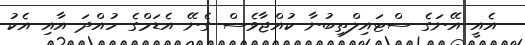
އެއީ އޭނަގެ ސްޓައިލްތިބުނާ ކުއްޖާވެސް ގެނޭ އެޑަމްގެ ހުއްދަ އާއި އެކު